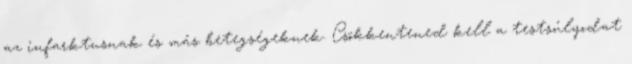
az infarktusnak és más betegségeknek. Csökkentened kell a testsúlyodat